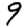
Digit: 9